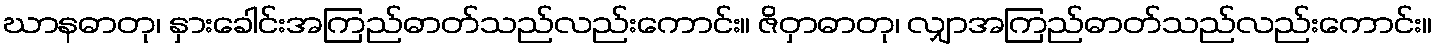
ဃာနဓာတု၊ နှားခေါင်းအကြည်ဓာတ်သည်လည်းကောင်း။ ဇိဝှာဓာတု၊ လျှာအကြည်ဓာတ်သည်လည်းကောင်း။